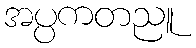
အပ္ပကတညူ